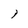
Character: 1